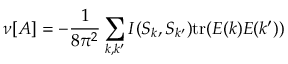
\nu [ { \cal A } ] = - \frac { 1 } { 8 \pi ^ { 2 } } \sum _ { k , k ^ { \prime } } I ( S _ { k } , S _ { k ^ { \prime } } ) \mathrm { t r } ( E ( k ) E ( k ^ { \prime } ) )